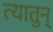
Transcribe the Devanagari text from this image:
त्यातुन्